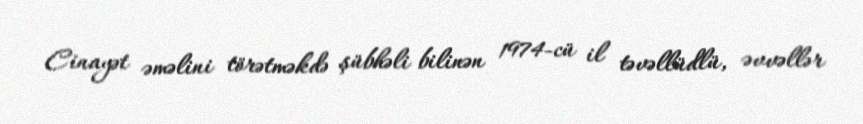
Cinayət əməlini törətməkdə şübhəli bilinən 1974-cü il təvəllüdlü, əvvəllər